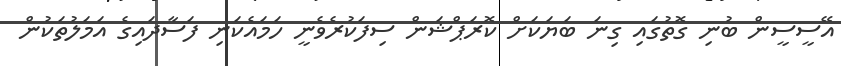
އޭސީސީން ބުނި ގޮތުގައި ގިނަ ބަޔަކަށް ކޮރަޕްޝަން ސިފަކުރެވެނީ ހަމައެކަނި ފަސާދައިގެ އަމަލުތަކުން